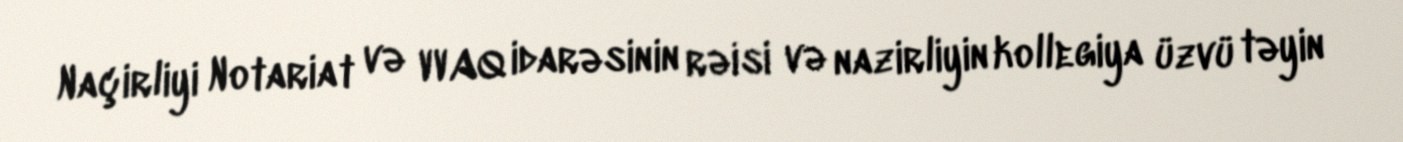
Naçirliyi Notariat və VVAQ idarəsinin rəisi və nazirliyin kollegiya üzvü təyin